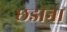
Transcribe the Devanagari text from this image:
छडाना